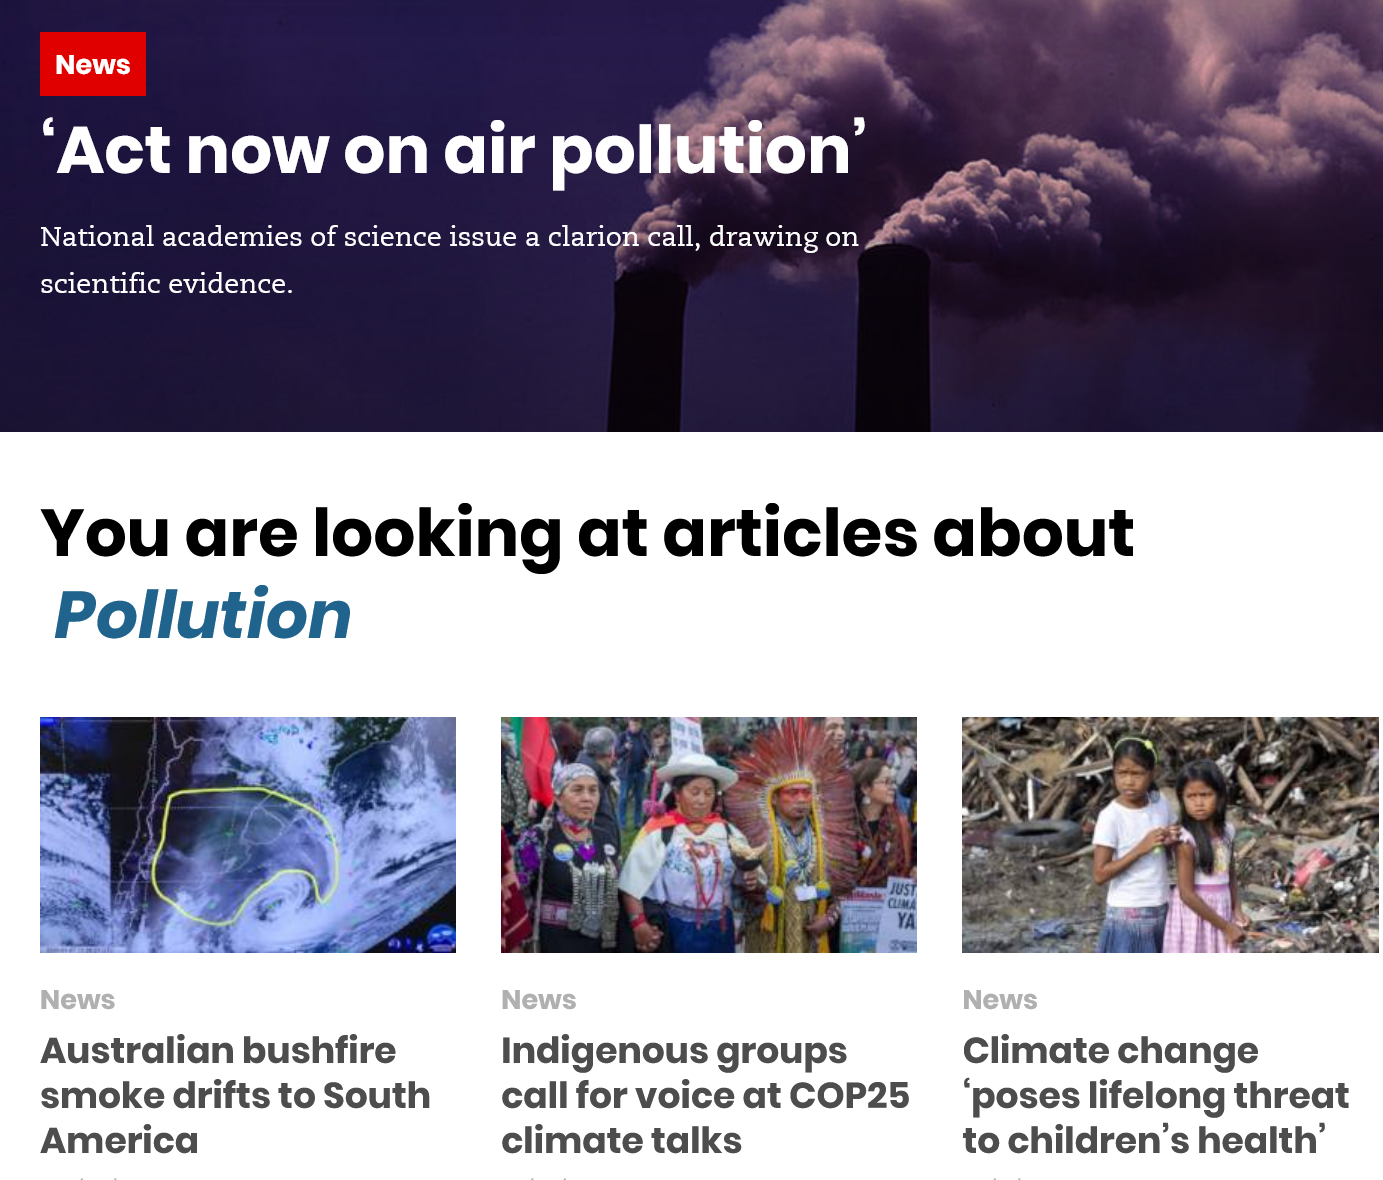
Co
     |
   ‘Act    now    on dir    pol!
   National academies of science issue a
     clariqg™n, drawing on
   scientific evidence.

     Poa Kelas) clay
   National academies of science issue a robvetey beelI drawing on,
   scientific evidence.
    WE
   You    are    looking    at   articles    about
    Pollution
   Australian    bushfire
   smoke  drifts   to South
   America
     Indigenous    groups
     call for voice  at COP25
     climate   talks
     Climate   change
     ‘poses lifelong   threat
     to children’s   health’
     News News News